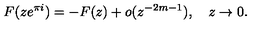
F ( z e ^ { \pi i } ) = - F ( z ) + o ( z ^ { - 2 m - 1 } ) , \quad z \to 0 .